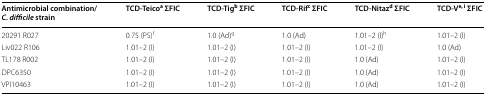
| Antimicrobial combination/C. difficile strain | TCD-Teicoa ΣFIC | TCD-Tigb ΣFIC | TCD-Rifc ΣFIC | TCD-Nitazd ΣFIC | TCD-Ve, i ΣFIC |
 | --- | --- | --- | --- | --- | --- |
 | 20291 R027 | 0.75 (PS)f | 1.0 (Ad)g | 1.0 (Ad) | 1.01–2 (I)h | 1.01–2 (I) |
 | Liv022 R106 | 1.01–2 (I) | 1.01–2 (I) | 1.01–2 (I) | 1.01–2 (I) | 1.0 (Ad) |
 | TL178 R002 | 1.01–2 (I) | 1.01–2 (I) | 1.01–2 (I) | 1.0 (Ad) | 1.01–2 (I) |
 | DPC6350 | 1.01–2 (I) | 1.01–2 (I) | 1.01–2 (I) | 1.0 (Ad) | 1.01–2 (I) |
 | VPI10463 | 1.01–2 (I) | 1.01–2 (I) | 1.01–2 (I) | 1.0 (Ad) | 1.01–2 (I) |